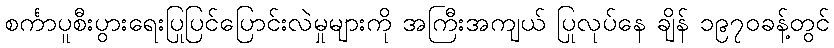
စင်္ကာပူစီးပွားရေးပြုပြင်ပြောင်းလဲမှုများကို အကြီးအကျယ် ပြုလုပ်နေ ချိန် ၁၉၇၀ခန့်တွင်